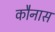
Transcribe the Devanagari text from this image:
कौनास